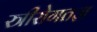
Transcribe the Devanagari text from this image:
स्त्रीरोगतज्ञ